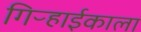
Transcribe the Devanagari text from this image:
गिऱ्हाईकाला